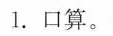
1.口算。